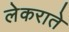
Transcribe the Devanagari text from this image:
लेकराते